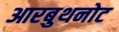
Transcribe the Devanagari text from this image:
आरबुथनोट